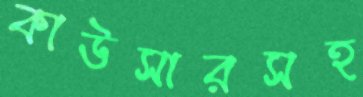
কাউসারসহ